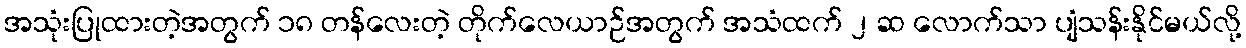
အသုံးပြုထားတဲ့အတွက် ၁၈ တန်လေးတဲ့ တိုက်လေယာဉ်အတွက် အသံထက် ၂ ဆ လောက်သာ ပျံသန်းနိုင်မယ်လို့